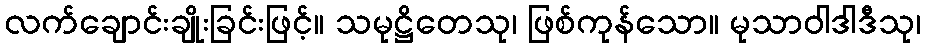
လက်ချောင်းချိုးခြင်းဖြင့်။ သမုဋ္ဌိတေသု၊ ဖြစ်ကုန်သော။ မုသာဝါဒါဒီသု၊